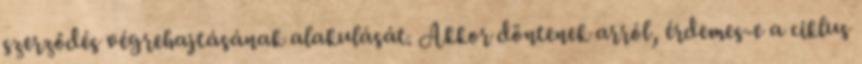
szerződés végrehajtásának alakulását. Akkor döntenek arról, érdemes-e a ciklus